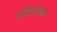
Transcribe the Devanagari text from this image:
पवितत्रतम